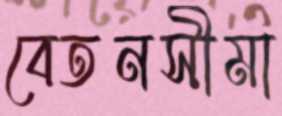
বেতনসীমা